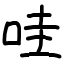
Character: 哇